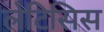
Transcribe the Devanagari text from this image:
लेटिसिस